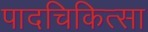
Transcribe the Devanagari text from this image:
पादचिकित्सा